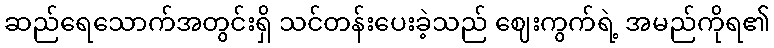
ဆည်ရေသောက်အတွင်းရှိ သင်တန်းပေးခဲ့သည် ဈေးကွက်ရဲ့ အမည်ကိုရ၏